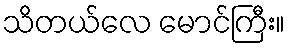
သိတယ်လေ မောင်ကြီး။